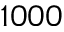
1 0 0 0